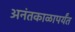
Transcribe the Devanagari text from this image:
अनंतकाळापर्यंत